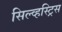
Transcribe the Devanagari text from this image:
सिल्व्हस्ट्रिस